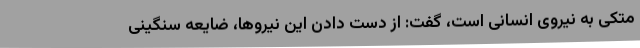
متکی به نیروی انسانی است، گفت: از دست دادن این نیروها، ضایعه سنگینی